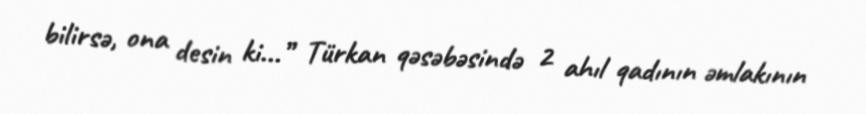
bilirsə, ona desin ki...” Türkan qəsəbəsində 2 ahıl qadının əmlakının